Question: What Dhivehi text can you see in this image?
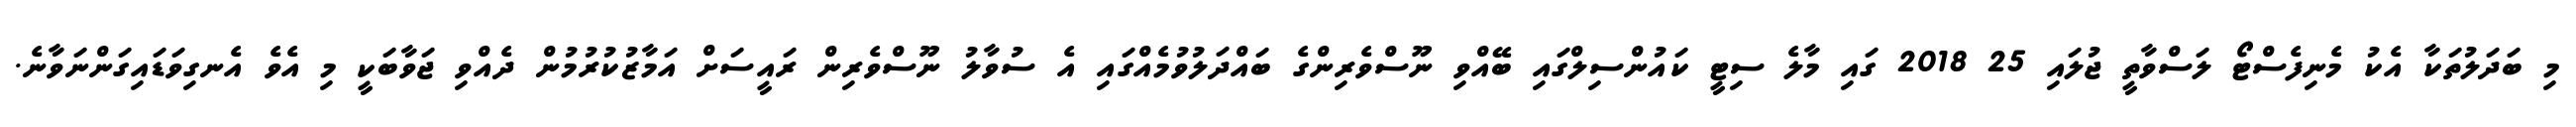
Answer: މި ބަދަލުތަކާ އެކު މެނިފެސްޓޯ ލަސްވާތީ ޖުލައި 25 2018 ގައި މާލެ ސިޓީ ކައުންސިލްގައި ބޭއްވި ނޫސްވެރިންގެ ބައްދަލުވުމެއްގައި އެ ސުވާލު ނޫސްވެރިން ރައީސަށް އަމާޒުކުރުމުން ދެއްވި ޖަވާބަކީ މި އެވެ އެނގިވަޑައިގަންނަވާނެ.